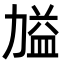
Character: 𭄷